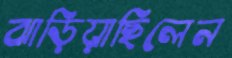
ঝাড়িয়াছিলেন